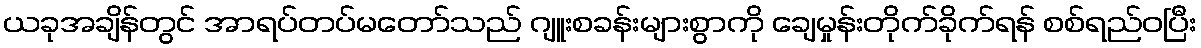
ယခုအချိန်တွင် အာရပ်တပ်မတော်သည် ဂျူးစခန်းများစွာကို ချေမှုန်းတိုက်ခိုက်ရန် စစ်ရည်ဝပြီး